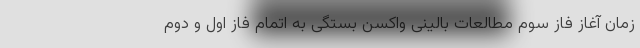
زمان آغاز فاز سوم مطالعات بالینی واکسن بستگی به اتمام فاز اول و دوم